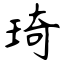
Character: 琦